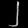
Digit: ၂